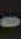
-